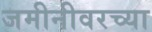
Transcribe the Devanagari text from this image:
जमीनीवरच्या